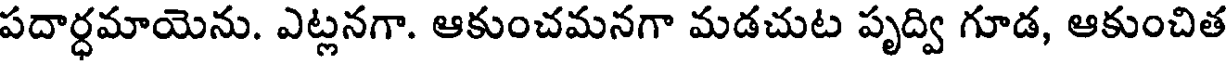
పదార్ధమాయెను. ఎట్లనగా. ఆకుంచమనగా మడచుట పృద్వి గూడ, ఆకుంచిత